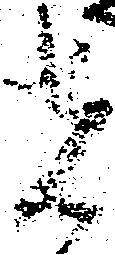
者